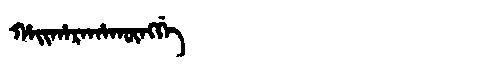
Manchu: ᡥᠠᡳᡥᠠᡵᠠᡥᠠᡴᡡᠩᡤᡝ
Romanization: HAIHARAHAKŪNGGE